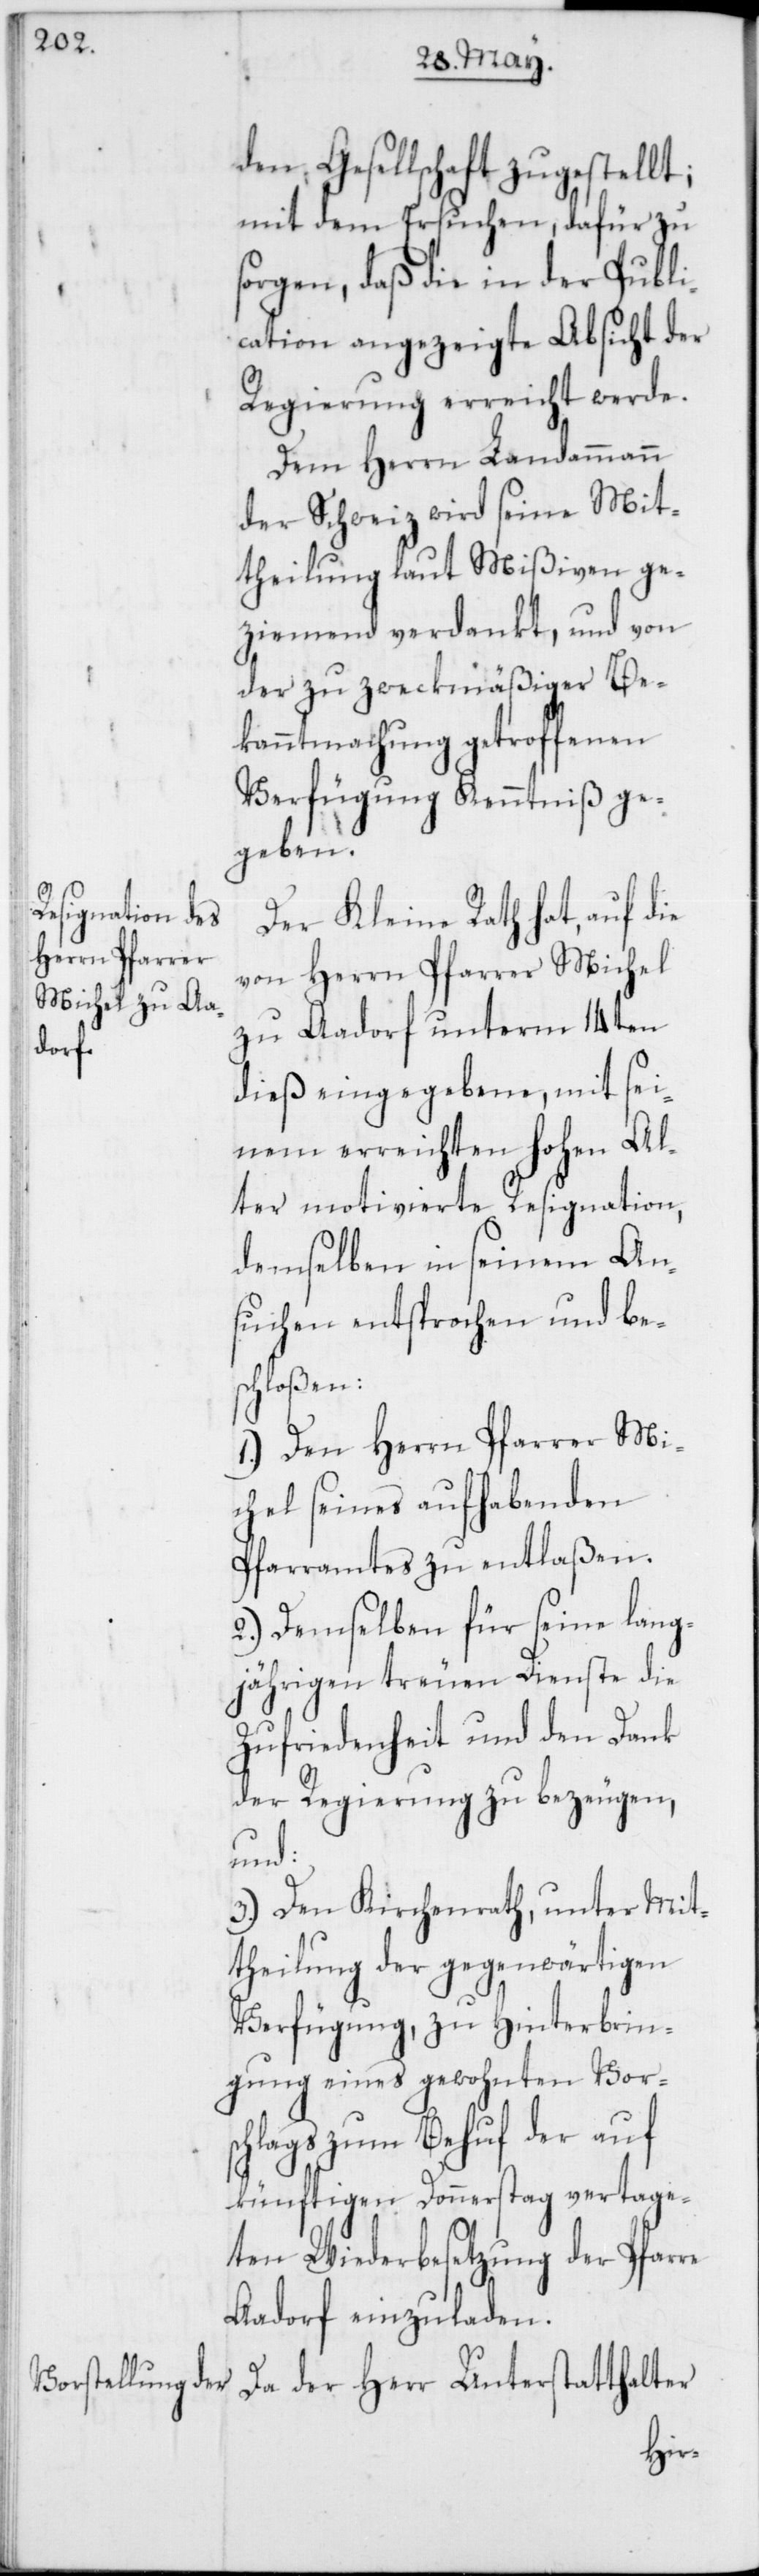
den Gesellschaft zugestellt;
mit dem Ersuchen, dafür zu
sorgen, daß die in der Publi¬
cation angezeigte Absicht der
Regierung erreicht werde.
Dem Herrn Landammann
der Schweiz wird seine Mit¬
theilung laut Mißiven ge¬
ziemend verdankt, und von
der zu zweckmäßiger Be¬
kanntmachung getroffenen
Verfügung Kenntniß ge¬
geben.
Der Kleine Rath hat, auf die
von Herrn Pfarrer Michel
zu Aadorf unterm 14ten
dieß eingegebene, mit sei¬
nem erreichten hohen Al¬
ter motivierte Resignation,
demselben in seinem An¬
suchen entsprochen und bes¬
chloßen:
1.) Den Herrn Pfarrer Mi¬
chel seines aufhabenden
Pfarramtes zu entlaßen.
2.) Demselben für seine lang¬
jährigen treuen Dienste die
Zufriedenheit und den Dank
der Regierung zu bezeugen,
und:
3.) Den Kirchenrat unter Mit¬
theilung der gegenwärtigen
Verfügung, zu Hinterbrin¬
gung eines gewohnten Vors¬
chlags zum Behuf der auf
künftigen Donnerstag vertage¬
ten Wiederbesetzung der Pfarre
Aadorf einzuladen.
Da der Herr Unterstatthalter